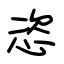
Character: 恣